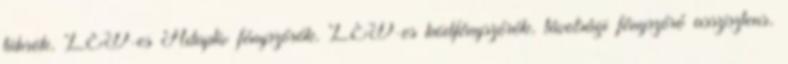
tükrök, LED-es Adaptív fényszórók, LED-es ködfényszórók, távolsági fényszóró asszisztens,